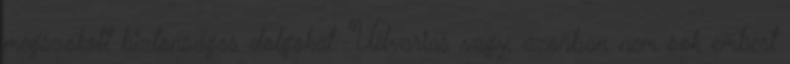
megszokott biztonságos dolgokat. Udvarias vagy, azonban nem sok embert